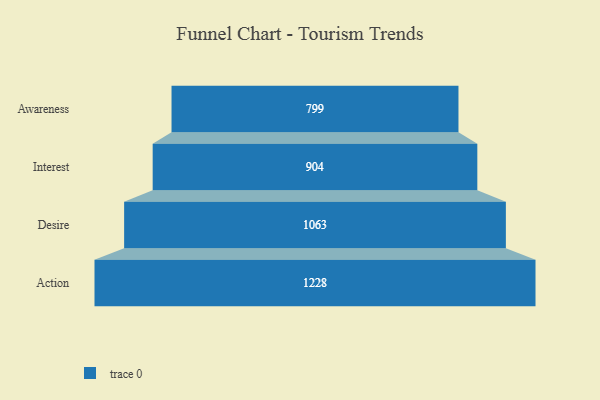
{"axis": {"x": "Stage", "y": "Value"}, "legend": [""], "data": [{"x": "Awareness", "y": 799.0, "type": ""}, {"x": "Interest", "y": 904.0, "type": ""}, {"x": "Desire", "y": 1063.0, "type": ""}, {"x": "Action", "y": 1228.0, "type": ""}]}